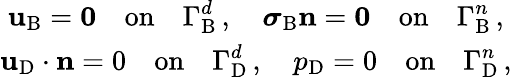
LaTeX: \begin{array}{c}{\displaystyle\mathbf{u}_{\mathrm{B}}={\mathbf{0}}{\quad\mathrm{on}\quad}\Gamma_{\mathrm{B}}^{d}\, ,\quad{\boldsymbol\sigma}_{\mathrm{B}}{\mathbf{n}}={\mathbf{0}}{\quad\mathrm{on}\quad}\Gamma_{\mathrm{B}}^{n}\, ,}\\ {\displaystyle\mathbf{u}_{\mathrm{D}}\cdot{\mathbf{n}}=0{\quad\mathrm{on}\quad}\Gamma_{\mathrm{D}}^{d}\, ,\quad p_{\mathrm{D}}=0{\quad\mathrm{on}\quad}\Gamma_{\mathrm{D}}^{n}\, ,}\end{array}